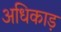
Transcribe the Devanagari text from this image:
अधिकाड़